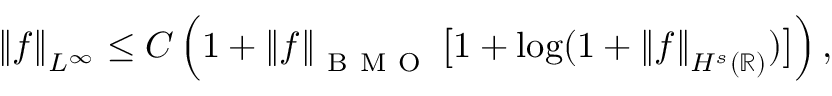
\left\| f \right\| _ { L ^ { \infty } } \leq C \left( 1 + \left\| f \right\| _ { \mathrm { ~ B ~ M ~ O ~ } } \big [ 1 + \displaystyle \log ( 1 + \left\| f \right\| _ { H ^ { s } ( \mathbb R ) } ) \big ] \right) ,